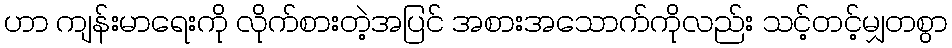
ဟာ ကျန်းမာရေးကို လိုက်စားတဲ့အပြင် အစားအသောက်ကိုလည်း သင့်တင့်မျှတစွာ